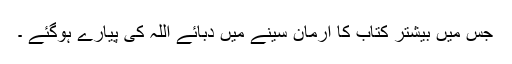
جس میں بیشتر کتاب کا ارمان سینے میں دبائے اللہ کی پیارے ہوگئے ۔